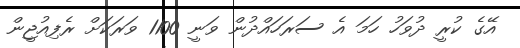
އޭގެ ކުރީ ދުވަހު ހަމަ އެ ސަރަހައްދުން ވަނީ 1100 ވަރަކަށް ރެފިއުޖީން